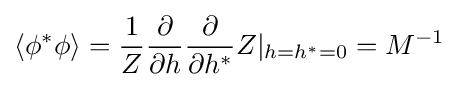
\left\langle \phi ^{*}\phi \right\rangle ={\frac {1}{Z}}{\frac {\partial }{\partial h}}{\frac {\partial }{\partial h^{*}}}Z|_{h=h^{*}=0}=M^{-1}